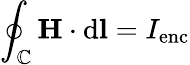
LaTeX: \oint_{\mathbb{C}}\mathbf{{H}}\cdot\mathrm{{d}}\mathbf{{l}}=I_{\mathrm{{enc}}}